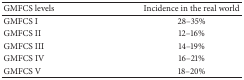
| GMFCS levels | Incidence in the real world |
 | --- | --- |
 | GMFCS I | 28–35% |
 | GMFCS II | 12–16% |
 | GMFCS III | 14–19% |
 | GMFCS IV | 16–21% |
 | GMFCS V | 18–20% |